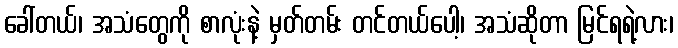
ခေါ်တယ်၊ အသံတွေကို စာလုံးနဲ့ မှတ်တမ်း တင်တယ်ပေါ့၊ အသံဆိုတာ မြင်ရရဲ့လား၊